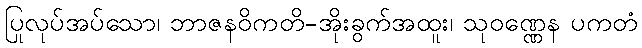
ပြုလုပ်အပ်သော၊ ဘာဇနဝိကတိ-အိုးခွက်အထူး၊ သုဝဏ္ဏေန ပကတံ